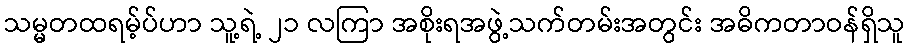
သမ္မတထရမ့်ပ်ဟာ သူ့ရဲ့ ၂၁ လကြာ အစိုးရအဖွဲ့သက်တမ်းအတွင်း အဓိကတာဝန်ရှိသူ